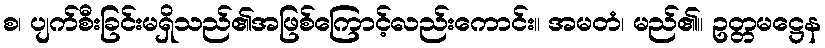
စ၊ ပျက်စီးခြင်းမရှိသည်၏အဖြစ်ကြောင့်လည်းကောင်း။ အမတံ၊ မည်၏။ ဥတ္တမဋ္ဌေန